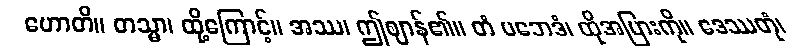
ဟောတိ။ တသ္မာ၊ ထို့ကြောင့်။ အဿ၊ ဤဈာန်၏။ တံ ပဘေဒံ၊ ထိုအပြားကို။ ဒေဿတုံ၊